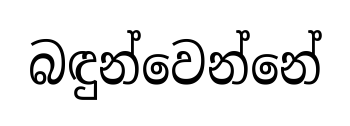
බඳුන්වෙන්නේ